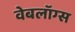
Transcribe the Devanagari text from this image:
वेबलॉग्स